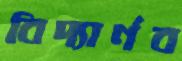
বিদ্যার্ণব